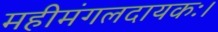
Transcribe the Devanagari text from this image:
महीमंगलदायकः।